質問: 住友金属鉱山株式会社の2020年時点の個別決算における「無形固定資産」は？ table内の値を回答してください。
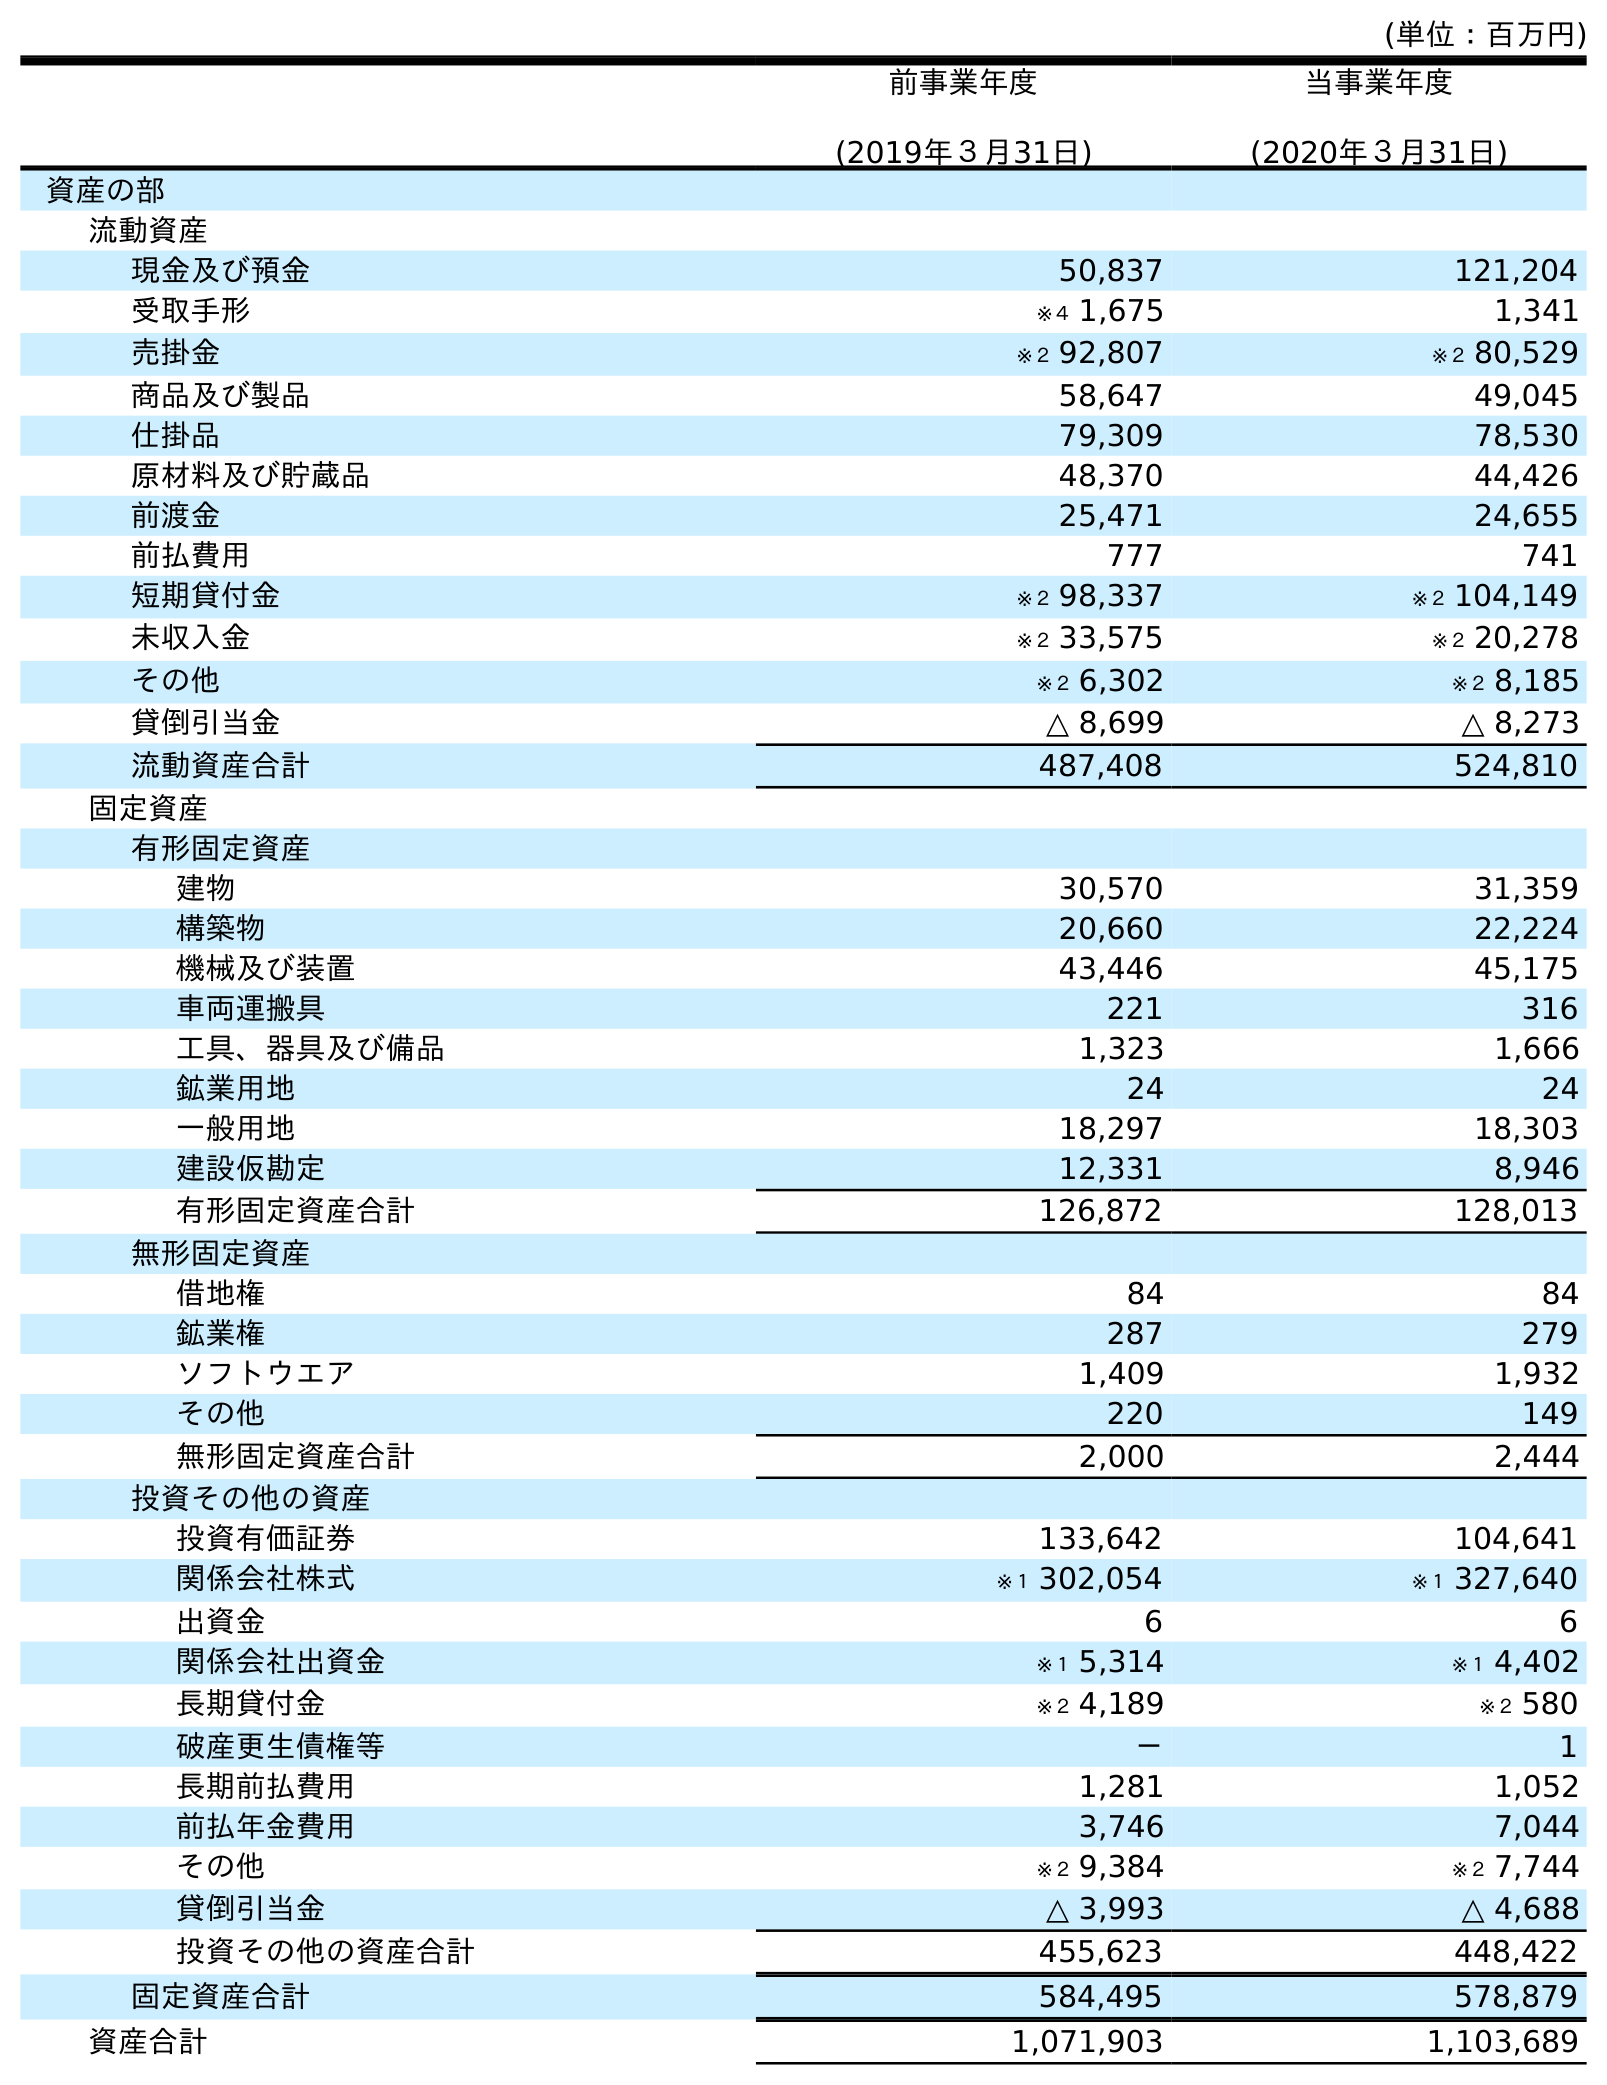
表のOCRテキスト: (単位：百万円) 前事業年度 (2019年３月31日) 当事業年度 (2020年３月31日) 資産の部 流動資産 現金及び預金 50,837 121,204 受取手形 ※４ 1,675 1,341 売掛金 ※２ 92,807 ※２ 80,529 商品及び製品 58,647 49,045 仕掛品 79,309 78,530 原材料及び貯蔵品 48,370 44,426 前渡金 25,471 24,655 前払費用 777 741 短期貸付金 ※２ 98,337 ※２ 104,149 未収入金 ※２ 33,575 ※２ 20,278 その他 ※２ 6,302 ※２ 8,185 貸倒引当金 △ 8,699 △ 8,273 流動資産合計 487,408 524,810 固定資産 有形固定資産 建物 30,570 31,359 構築物 20,660 22,224 機械及び装置 43,446 45,175 車両運搬具 221 316 工具、器具及び備品 1,323 1,666 鉱業用地 24 24 一般用地 18,297 18,303 建設仮勘定 12,331 8,946 有形固定資産合計 126,872 128,013 無形固定資産 借地権 84 84 鉱業権 287 279 ソフトウエア 1,409 1,932 その他 220 149 無形固定資産合計 2,000 2,444 投資その他の資産 投資有価証券 133,642 104,641 関係会社株式 ※１ 302,054 ※１ 327,640 出資金 6 6 関係会社出資金 ※１ 5,314 ※１ 4,402 長期貸付金 ※２ 4,189 ※２ 580 破産更生債権等 － 1 長期前払費用 1,281 1,052 前払年金費用 3,746 7,044 その他 ※２ 9,384 ※２ 7,744 貸倒引当金 △ 3,993 △ 4,688 投資その他の資産合計 455,623 448,422 固定資産合計 584,495 578,879 資産合計 1,071,903 1,103,689
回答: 2,444